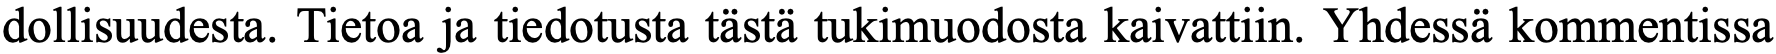
dollisuudesta. Tietoa ja tiedotusta tästä tukimuodosta kaivattiin. Yhdessä kommentissa